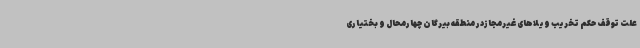
علت توقف حکم تخریب ویلاهای غیرمجازدر منطقه بیرگان چهارمحال و بختیاری